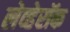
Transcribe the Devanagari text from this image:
लेव्हेरॉक